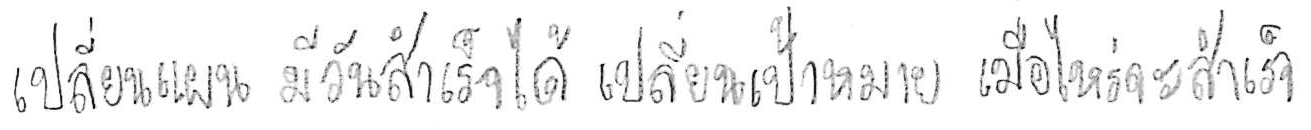
เปลี่ยนแผน มีวันสำเร็จได้ เปลี่ยนเป้าหมาย เมื่อไหร่จะสำเร็จ